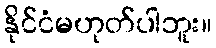
နိုင်ငံမဟုတ်ပါဘူး။